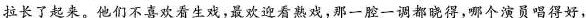
拉长了起来。他们不喜欢看生戏,最欢迎看熟戏,那一腔一调都晓得,哪个演员唱得好，